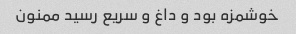
خوشمزه بود و داغ و سریع رسید ممنون